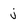
Character: j